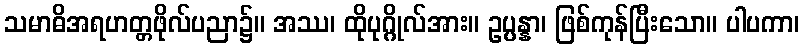
သမာဓိအရဟတ္တဖိုလ်ပညာ၌။ အဿ၊ ထိုပုဂ္ဂိုလ်အား။ ဥပ္ပန္နာ၊ ဖြစ်ကုန်ပြီးသော။ ပါပကာ၊